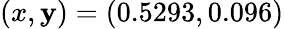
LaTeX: (x,\mathbf{y})=(0.5293,0.096)